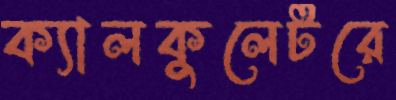
ক্যালকুলেটরে